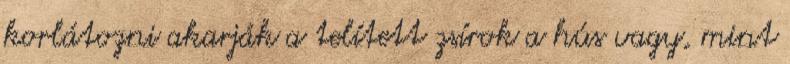
korlátozni akarják a telített zsírok a hús vagy, mint